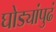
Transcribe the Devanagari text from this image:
घोड्यांपुढं